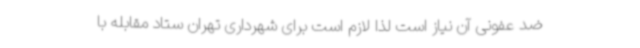
ضد عفونی آن نیاز است لذا لازم است برای شهرداری تهران ستاد مقابله با